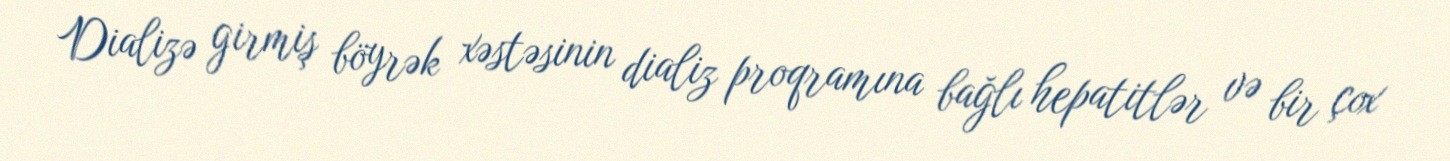
Dializə girmiş böyrək xəstəsinin dializ proqramına bağlı hepatitlər və bir çox